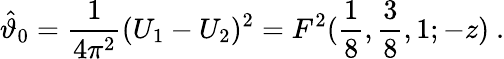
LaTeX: \hat{\vartheta}_{0}={\frac{1}{4\pi^{2}}}(U_{1}-U_{2})^{2}=F^{2}({\frac{1}{8}},{\frac{3}{8}},1;-z)~.